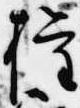
権